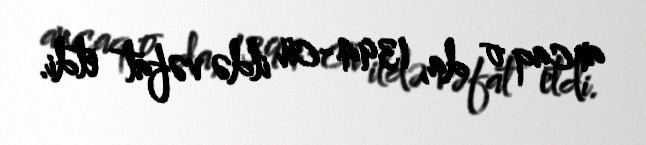
ancaq o da, 1394-cü ildə vəfat etdi.